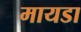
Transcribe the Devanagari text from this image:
मायडा